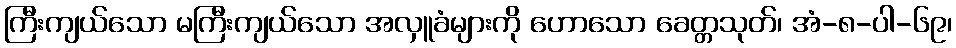
ကြီးကျယ်သော မကြီးကျယ်သော အလှူခံများကို ဟောသော ခေတ္တသုတ်၊ အံ-၈-ပါ-၆၉၊